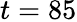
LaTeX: t=85